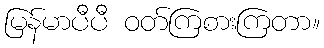
မြန်မာပီပီ ဝတ်ကြစားကြတာ။